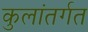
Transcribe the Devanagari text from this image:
कुलांतर्गत